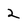
Character: 2